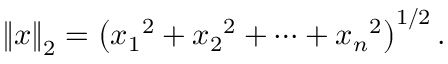
\left\| x \right\| _ { 2 } = \left( { x _ { 1 } } ^ { 2 } + { x _ { 2 } } ^ { 2 } + \dotsb + { x _ { n } } ^ { 2 } \right) ^ { 1 / 2 } .